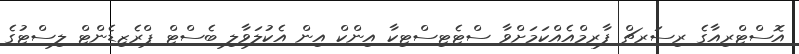
އޮސްޓްރިއާގެ ރިސަރޗް ފާރމްއެއްކަމަށްވާ ސްޓެޓިސްޓިކާ އިންކް އިން އެކުލަވާލި ބެސްޓް ޕްރެޒިޑެންޓް ލިސްޓުގެ